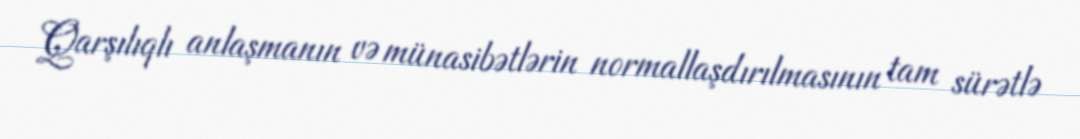
Qarşılıqlı anlaşmanın və münasibətlərin normallaşdırılmasının tam sürətlə